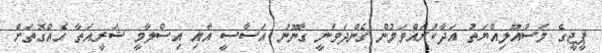
ޕީޖީގެ މަސްއޫލިއްޔަތު އަދާކުރައްވަމުން ގެންދަވަނީ ގާނޫނު އަސާސީ އާއި އިސްލާމީ ޝަރީއަތާ އެއްގޮތަށް